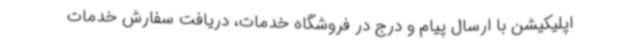
اپلیکیشن با ارسال پیام و درج در فروشگاه خدمات، دریافت سفارش خدمات